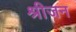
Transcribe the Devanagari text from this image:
श्रीजन